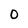
Character: 0